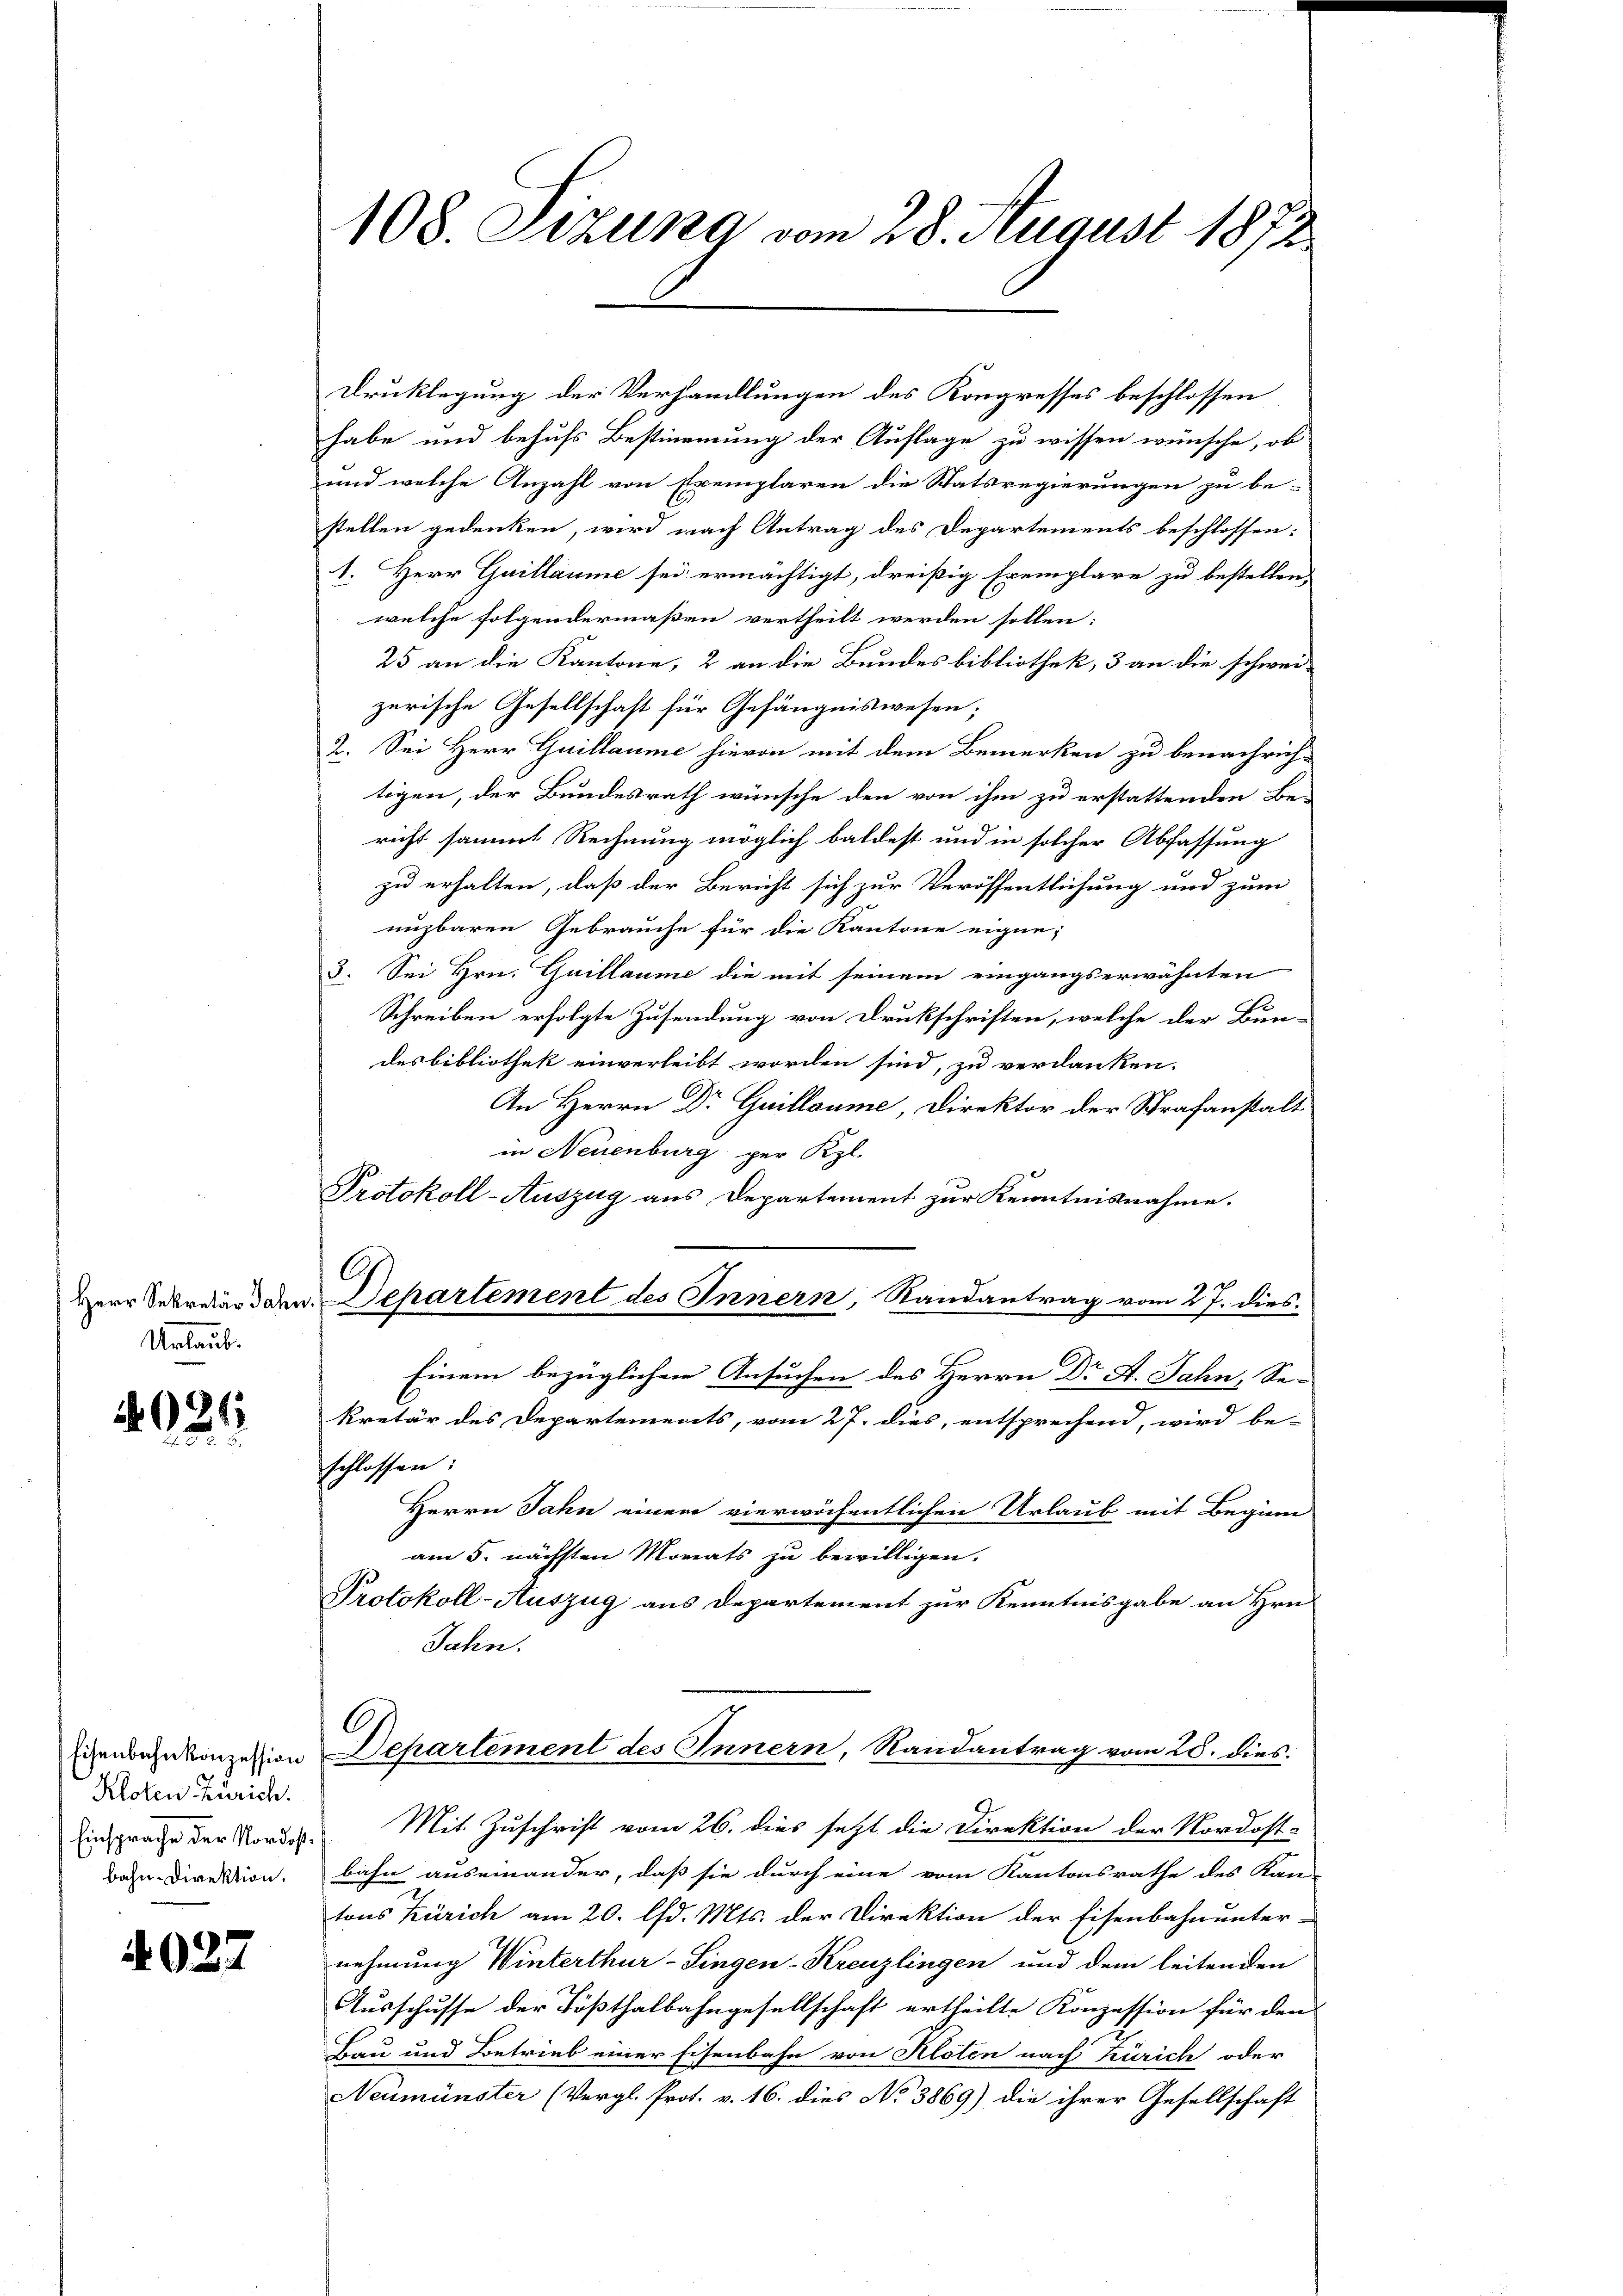
Urlaub.

4024

Eisenbahnkonzession
Kloten Zürich.
Einsprache der Nordostbahn-Direktion.

4027

108. Sitzung vom 28. August 1872

Protokoll-Auszug aus Departement zur Kenntnisnahme.
Ah
Herr Sekretär den Separtement des Innern, Randantrag vom 27. dies

Druklegung der Verhandlungen des Kongresses beschlossen
habe und behufs Bestimmung der Auflage zu wissen wünsche, ob
und welche Anzahl von Exemplaren die Statsregierungen zu be-
stellen gedenken, wird nach Antrag des Departements beschlossen:
1. Herr Guillaume sei ermächtigt, dreißig Exemplare zu bestellen.
welche folgendermaßen vertheilt werden sollen:
25 an die Kantone, 2 an die Bundesbibliothek, 3 an die schwei-
zerische Gesellschaft für Gefängniswesen;
2. Sei Herr Guillaume hievon mit dem Bemerken zu benachrich-
tigen, der Bundesrath wünsche den von ihm zu erstattenden Be-
richt sammt Rechnung möglich baldest und in solcher Abfassung
zu erhalten, daß der Bericht sich zur Veröffentlichung und zum
nuzbaren Gebrauche für die Kantone eigne;
3. Sei Hrn. Guillaume die mit seinem eingangserwähnten
Fr
Schreiben erfolgte Zusendung von Drukschriften, welche der Bun-
desbibliothek einverleibt worden sind, zu verdanken.
An Herrn Dr Guillaume, Direktor der Strafanstalt
in Neuenburg per Kgl.
Einem bezüglichen Ansuchen des Herrn Dr A. Jahn, Se-
kretär des Departements, vom 27. dies, entsprechend, wird be-
schlossen:
Herrn Jahn einem vierwöchentlichen Urlaub mit Beginn
am 5. nächsten Morats zu bewilligen.
Protokoll-Auszug aus Departement zur Kenntnisgabe an Hrn.
Jahn.
Departement des Innern, Randantrag vom 25. dies
Mit Zuschrift vom 26. dies setzt die Direktion der Nordost-
bahn auseinander, daß sie durch eine vom Kantonsrathe des Kan-
tons Zürich am 20. lfd. Mts. der Direktion der Eisenbahnunter-
nehmung Winterthur–Singen-Kreuzlingen und dem leitenden
Ausschusse der Tößthalbahngesellschaft ertheilte Konzession für den
Bau und Betrieb einer Eisenbahn von Kloten nach Zürich oder
Neumünster (Vergl. Prot. v. 16. dies No 3869) die ihrer Gesellschaft